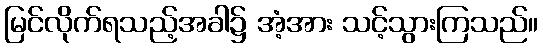
မြင်လိုက်ရသည့်အခါ၌ အံ့အား သင့်သွားကြသည်။